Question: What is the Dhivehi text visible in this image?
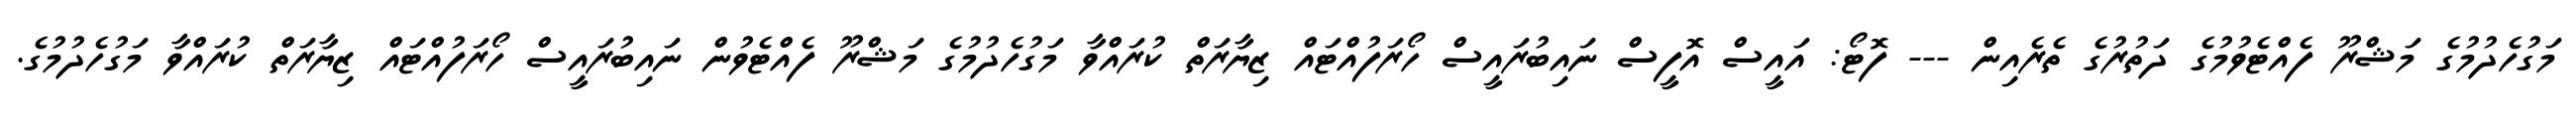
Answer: މަގުހެދުމުގެ މަޝްރޫ ފެއްޓެވުމުގެ ދަތުރުގެ ތެރެއިން --- ފޮޓޯ: އައީސް އޮފީސް ނައިބުރައީސް ހޯރަފުއްޓައް ޒިޔާރަތް ކުރައްވާ މަގުހެދުމުގެ މަޝްރޫ ފެއްޓެވުން ނައިބުރައީސް ހޯރަފުއްޓައް ޒިޔާރަތް ކުރައްވާ މަގުހެދުމުގެ.